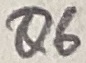
Text: Q6